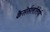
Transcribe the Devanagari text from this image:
कैसेर्सलॉतेर्ण